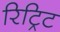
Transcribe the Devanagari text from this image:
रिट्रिट